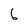
Character: 6